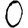
Digit: 0